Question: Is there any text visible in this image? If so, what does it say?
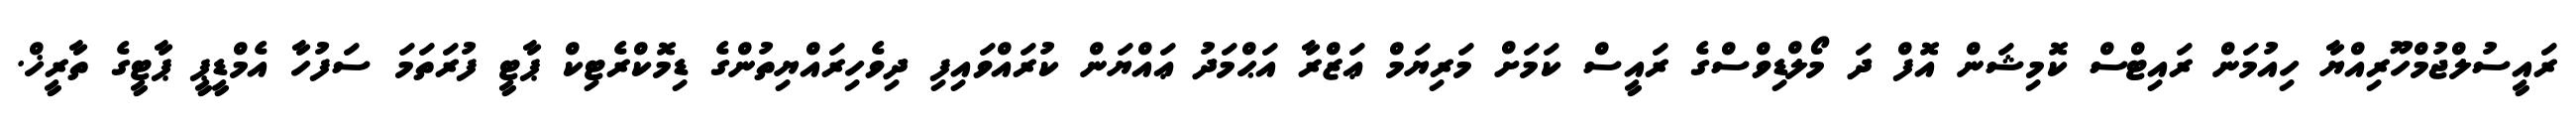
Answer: ރައީސުލްޖުމްހޫރިއްޔާ ހިއުމަން ރައިޓްސް ކޮމިޝަން އޮފް ދަ މޯލްޑިވްސްގެ ރައީސް ކަމަށް މަރިޔަމް ޢަޒްރާ އަޙްމަދު ޢައްޔަން ކުރައްވައިފި ދިވެހިރައްޔިތުންގެ ޑިމޮކްރެޓިކް ޕާޓީ ފުރަތަމަ ސަފުހާ އެމްޑީޕީ ޕާޓީގެ ތާރީޚް.